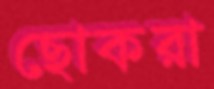
ছোকরা